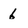
Character: 6